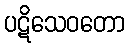
ပဋိသေဝတော